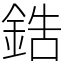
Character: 鋯